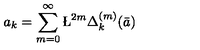
a _ { k } = \sum _ { m = 0 } ^ { \infty } \L ^ { 2 m } { \Delta _ { k } ^ { ( m ) } } ( \bar { a } )